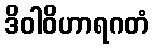
ဒိဝါဝိဟာရဂတံ